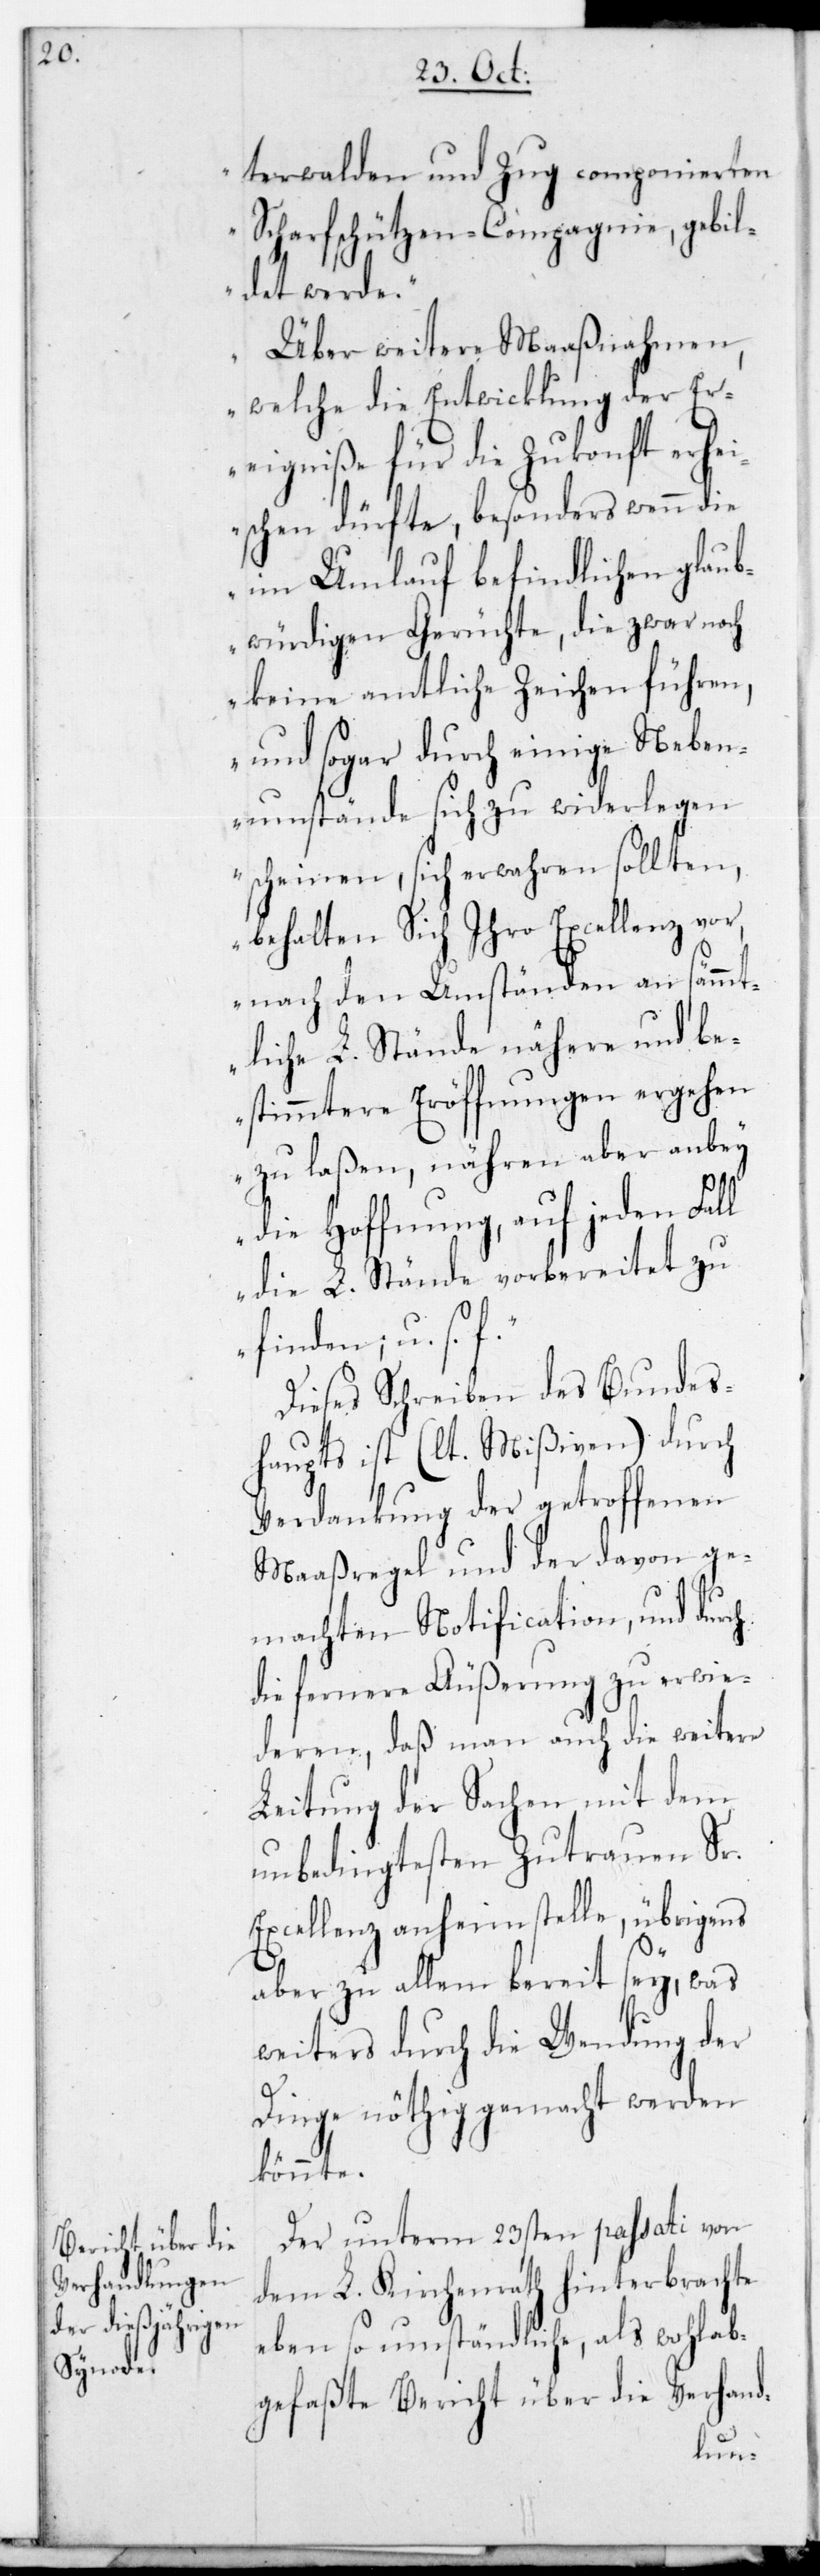
terwalden und Zug componierten
Scharfschützen-Compagnie gebil¬
det werde.
Über weitere Maaßnahmen,
welche die Entwicklung der Er¬
eigniße für die Zukonft erhei¬
schen dürfte, besonders wenn die
im Umlauf befindlichen glaub¬
würdigen Gerüchte, die zwar noch
keine amtliche Zeichen führen,
und sogar durch einige Neben¬
umstände sich zu widerlegen
scheinen, sich erwahren sollten,
behalten Sich Ihro Excellenz vor,
nach den Umständen an sämmt¬
liche L. Stände nähere und be¬
stimmtere Eröffnungen ergehen
zu laßen, nähren aber anbey
die Hoffnung, auf jeden Fall
die L. Stände vorbereitet zu
finden; u. s.
Dieses Schreiben des Bundes¬
haupts ist (lt. Mißiven) durch
Verdankung der getroffenen
Maaßregel und der davon ge¬
machten Notification, und durch
die fernere Äußerung zu erwie¬
deren, daß man auch die weitere
Leitung der Sachen mit dem
unbedingtesten Zutrauen Sr.
Excellenz anheimstelle, übrigens
aber zu allem bereit sey, was
weiters durch die Wendung der
Dinge nöthig gemacht werden
könnte.
Der unterm 23sten passati von
dem L. Kirchenrath hinterbrachte
eben so umständliche als Wohlab¬
gefaßte Bericht über die Verhand-